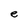
Character: e